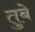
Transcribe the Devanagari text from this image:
तुबे